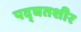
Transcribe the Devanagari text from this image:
पद्घतशीर